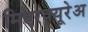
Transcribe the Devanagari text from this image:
मिएरक्यूरेअ